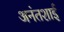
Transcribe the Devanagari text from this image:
अनंतशाई